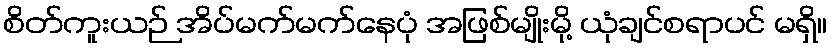
စိတ်ကူးယဉ် အိပ်မက်မက်နေပုံ အဖြစ်မျိုးမို့ ယုံချင်စရာပင် မရှိ။